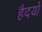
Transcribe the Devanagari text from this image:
हैदयों